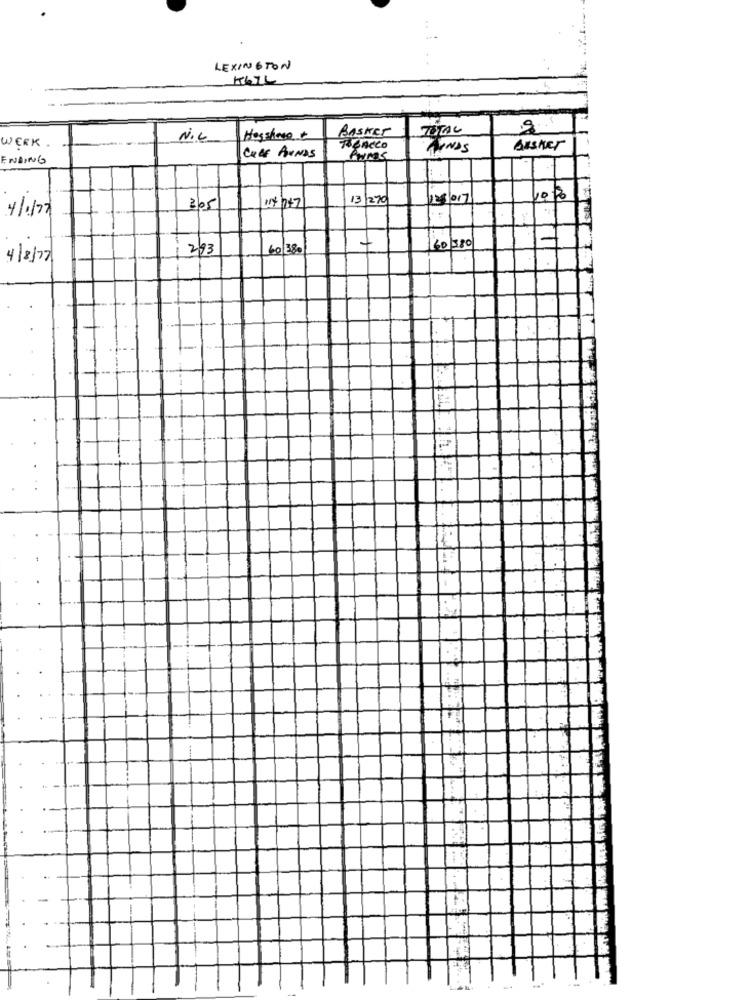
LEXINGTON
1676
TOTAL
N.L
Hosshine +
BASKET
WERK
Treneco
HANDS
Bisher
ENDING
COLE FUNDS
114747
13 270
128/017
10 %
4/1177
365
2/93
60 380
4/8/77
-